画像に写った文字を読んでください
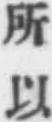
「所以」と書いてあります